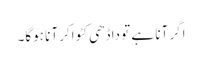
اگر آنا ہے تو داڈھی کٹواکر آنا ہوگا۔